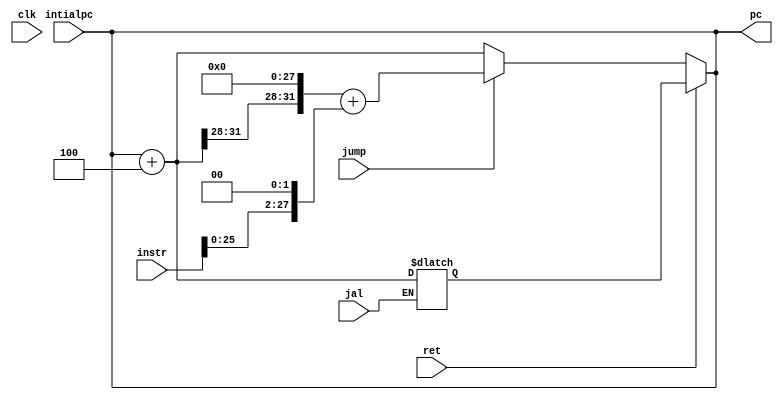
module joper3(ret,clk,intialpc,instr,jump,pc,jal);
input clk;
input[31:0] instr;
input[31:0] intialpc;
input jump;
input ret;
input jal;
wire[31:0] pcinc;
wire[31:0] jumpadd;
wire[31:0] pcshift;
output[31:0] pc;
reg[31:0] pc;
reg[31:0] npc;
reg[31:0] retpc;
assign pcinc = intialpc + 4;
assign pcshift = ((pcinc>>28)<<28);
assign jumpadd = pcshift+(instr[25:0]<<2);
always@(jump or jumpadd or pcinc)
begin
if(jump==1)
npc=jumpadd;
else
npc=pcinc;
end
always@(jal or pcinc)
begin
if(jal==1)
retpc = pcinc;
end
always@(clk or ret)
begin
if( ret == 1)
pc = retpc;
else
pc = npc;
end
assign intialpc = pc;
endmodule